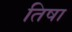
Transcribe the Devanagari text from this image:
तिषा